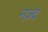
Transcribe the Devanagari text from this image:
नज़्द